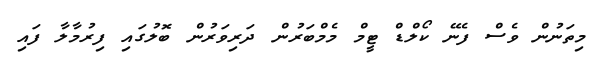
މިތަނުން ވެސް ފެނޭ ކޯލްޑް ޓީމް މެމްބަރުން ދަރިވަރުން ބޮލުގައި ފިރުމާލާ ފައި